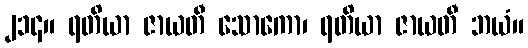
၂၁၄။ ရတိယာ ဇာယတီ သောကော၊ ရတိယာ ဇာယတီ ဘယံ။